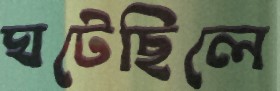
ঘটেছিলে